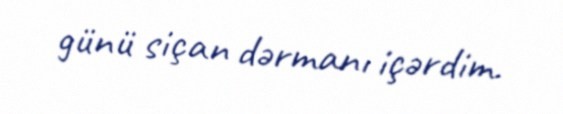
günü siçan dərmanı içərdim.